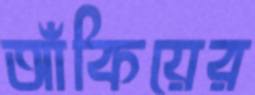
আঁকিয়ের